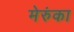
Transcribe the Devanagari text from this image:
मेरुंका